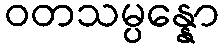
ဝတသမ္ပန္နော